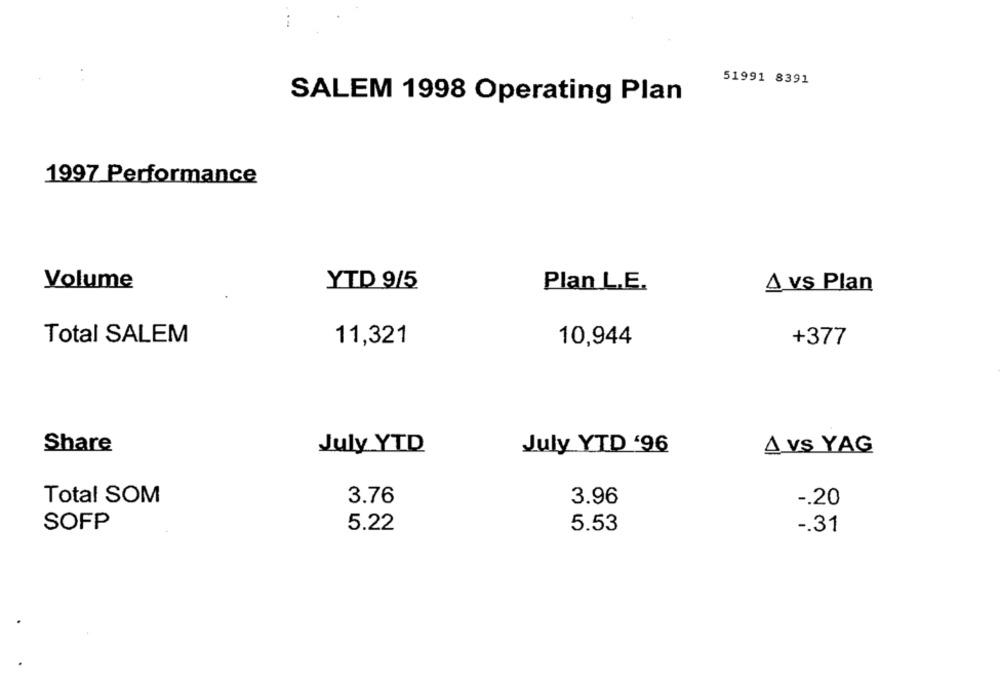
51991 8391
SALEM 1998 Operating Plan
1997 Performance
Volume
YTD 9/5
Plan L.E.
A vs Plan
Total SALEM
11,321
10,944
+377
Share
July YTD
July YTD '96
A VS YAG
Total SOM
3.76
3.96
-. 20
5.22
5.53
SOFP
-. 31